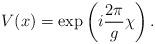
LaTeX: \begin{align*}V(x)=\exp\left(i{2\pi\over g}\chi\right).\end{align*}